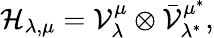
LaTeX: \mathcal{H}_{\lambda,\mu}=\mathcal{V}_{\lambda}^{\mu}\otimes\bar{\mathcal{V}}_{\lambda^{*}}^{\mu^{*}},